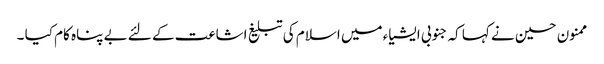
ممنون حسین نے کہا کہ جنوبی ایشیاء میں اسلام کی تبلیغ اشاعت کے لئے بے پناہ کام کیا ۔